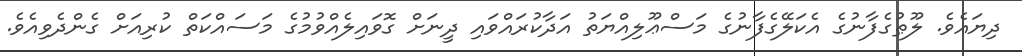
ދިޔައެވެ. ލޫޠުގެފާނުގެ އެކަލޭގެފާނުގެ މަސްޢޫލިއްޔަތު އަދާކުރައްވައި ދީނަށް ގޮވައިލެއްވުމުގެ މަސައްކަތް ކުރިއަށް ގެންދެވިއެވެ.